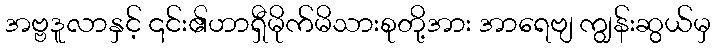
အဗ္ဗဒူလာနှင့် ၎င်း၏ဟာရှီမိုက်မိသားစုတို့အား အာရေဗျ ကျွန်းဆွယ်မှ